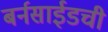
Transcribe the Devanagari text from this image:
बर्नसाईडची